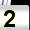
Digit: 2